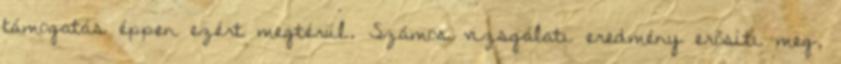
támogatás éppen ezért megtérül. Számos vizsgálati eredmény erősíti meg,